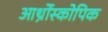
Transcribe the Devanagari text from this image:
आर्थ्रोस्कोपिक